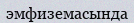
эмфиземасында